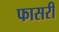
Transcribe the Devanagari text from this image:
फासरी